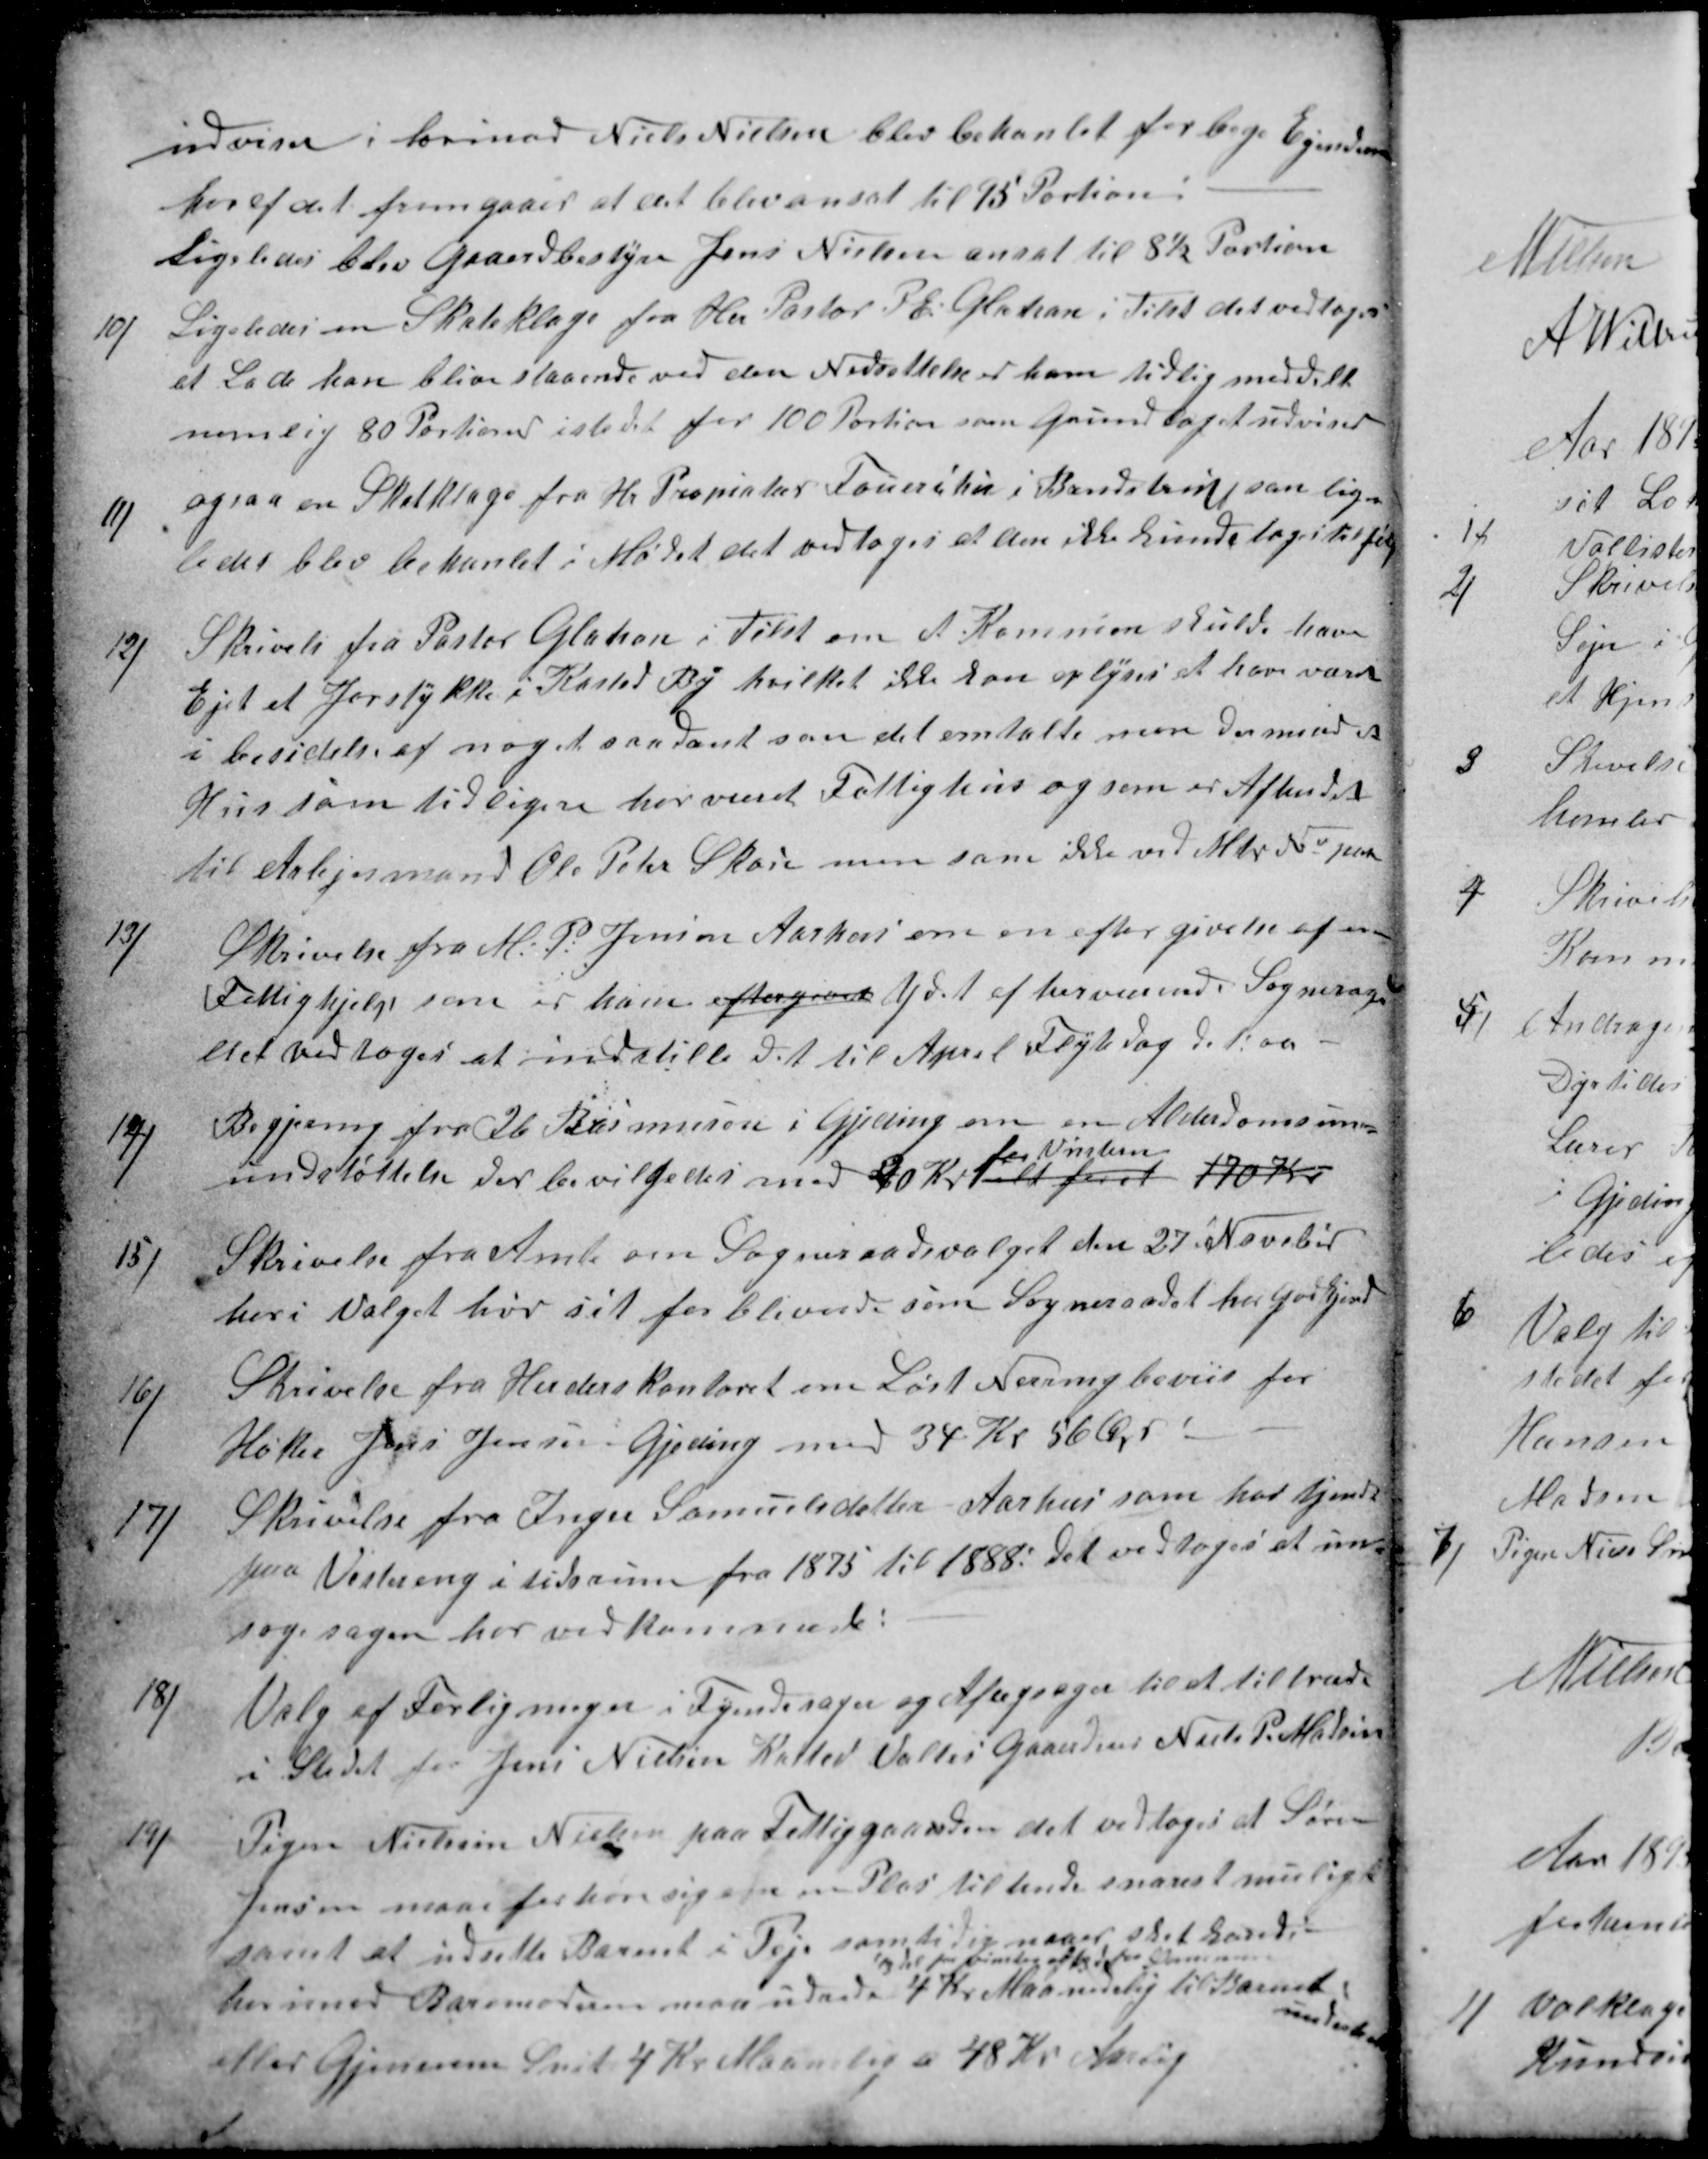
Transskription:
udviser i hvorimod Niels Nielsen blev behanlet for bege Ejendomme
hvoraf det fremgaaer at det blev ansat til 15 Portion:
Ligeledes blev Gaardbestyre Jens Nielsen ansat til 8½ Portion
10)
Ligeledes en Skateklage fra Hr Pastor P E Glahn i Tilst det vedtoges
et Lade ham blive staaende ved den Nedsettelse er ham tidlig meddelt
nemlig 80 Portioner istedet for 100 Portion som Grundlaget udviser
11)
ogsaa en Skatklage fra Hr Propiatær Faurschou i Brendstrup, som lige
ledes blev behanlet i Mødet det vedtoges at den ikke kunde tages tilfølg
12)
Skrivelse fra Pastor Glahn i Tilst om at Kommun skulde have
Ejet et Jorstykke i Kasted By hvilket ikke kan oplyses at have været
i besidelse af noget saadant som det omtalte men derimod et
Hus som tidligere har været Fattighus og som er Afhendet
til Arbejsmand Ole Peter Skou men som ikke ved Mtr No paa
13)
Skrivelse fra M. P. Jensen Aarhus om en eftergivelse af en
Fattighjelp som er ham eftergivet ydet af herverende Sogneraad
det vedtoges at indstille det til April Flytedag d. Aar
14)
Begjering fra Ib Rasmussen i Gjeding om en Alderdomsun-
undstøttelse der bevilgedes med 40 Kr. ialt for er
for Vinteren
170 Kr
15)
Skrivelse fra Amt om Sogneraadsvalget den 27 Noveber
heri Valget hør sit forblivende som Sogneraadet har Godkjend
16)
Skrivelse fra Herderskontoret om Løst Næringbeviis for
Høker Jens Jensen i Gjeding med 34 Kr 56 Ør
17)
Skrivelse fra Inger Samuelsdatter Aarhus som har tjent
paa Vestereng i tidsrum fra 1875 til 1888. Det vedtoges at un-
søg sagen hos vedkommende:
18)
Valg af Forligmæger i Tyendesager og Aftægsager til at tiltræde
i Stedet for Jens Nielsen Kasted Valtes Gaardeier Niels P. Madsen
19)
Pigen Nielsine Nielsen paa Fattiggaarden det vedtoges at Søren
Jensen maa forhøre sig om en Plas til hende snarest muligt
samt at udsette Barnet i Peje samtidig naaer sket haved
og til fra vinter af bege for Sommer
hvorimod Barnemoderen maa udrede 4 Kr. Maanedelig til Barnets
underhold
eller Gjennem Snit 4 Kr Maanlig a 48 Kr Aarlig